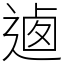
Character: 𨔁